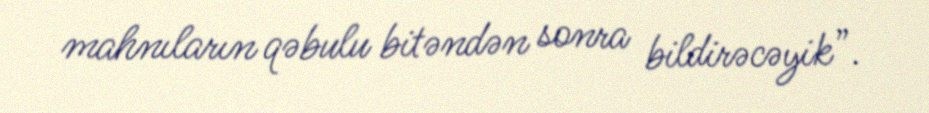
mahnıların qəbulu bitəndən sonra bildirəcəyik”.